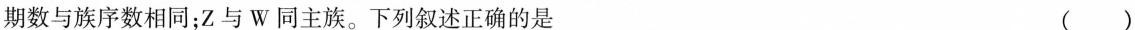
期数与族序数相同；Z与W同主族。下列叙述正确的是 ( )